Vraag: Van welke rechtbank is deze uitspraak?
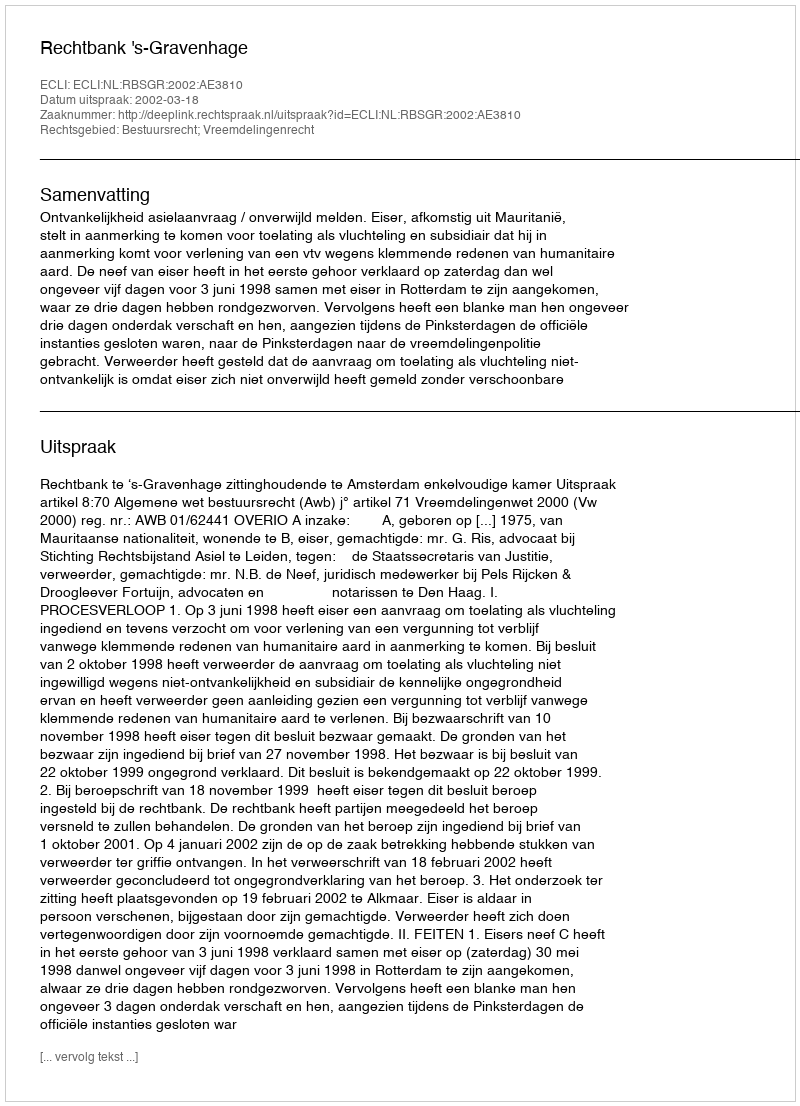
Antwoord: Rechtbank 's-Gravenhage